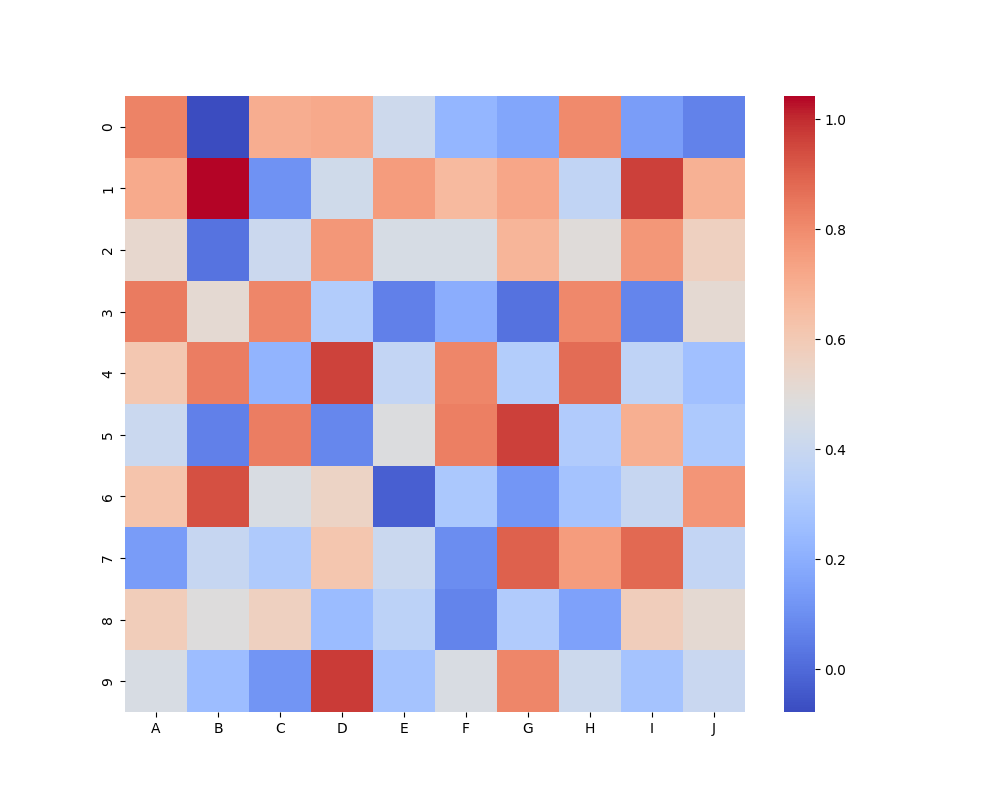
python, seaborn, heatmap, cmap='coolwarm', linewidths=0.0, center=none